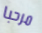
مرحبا